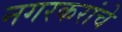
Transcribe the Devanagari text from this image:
नगरकरांचे